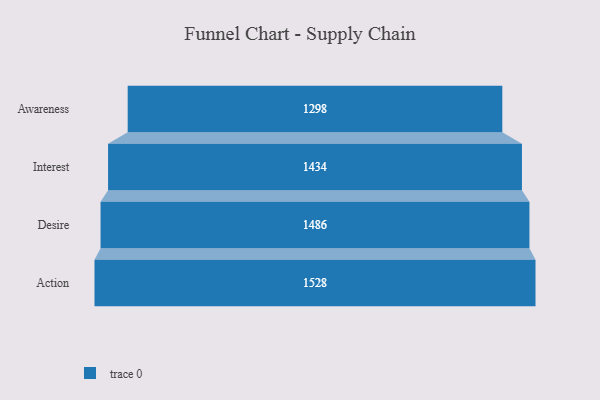
{"axis": {"x": "Stage", "y": "Value"}, "legend": [""], "data": [{"x": "Awareness", "y": 1298.0, "type": ""}, {"x": "Interest", "y": 1434.0, "type": ""}, {"x": "Desire", "y": 1486.0, "type": ""}, {"x": "Action", "y": 1528.0, "type": ""}]}